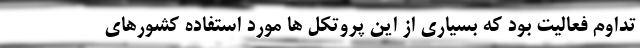
تداوم فعالیت بود که بسیاری از این پروتکل ها مورد استفاده کشورهای